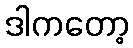
ဒါကတော့